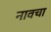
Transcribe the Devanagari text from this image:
नावचा